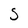
Character: S